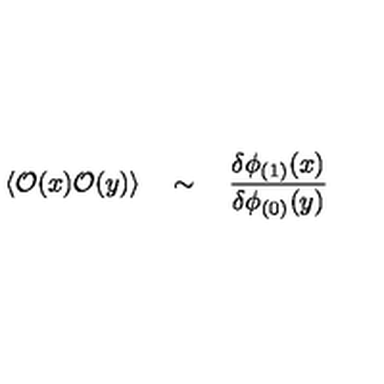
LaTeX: \langle { \cal O } ( x ) { \cal O } ( y ) \rangle \quad \sim \quad { \frac { \delta \phi _ { ( 1 ) } ( x ) } { \delta \phi _ { ( 0 ) } ( y ) } }